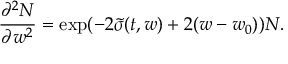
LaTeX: \frac { \partial ^ { 2 } N } { \partial w ^ { 2 } } = \exp ( - 2 \tilde { \sigma } ( t , w ) + 2 ( w - w _ { 0 } ) ) N .